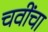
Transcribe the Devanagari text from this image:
चवींचा